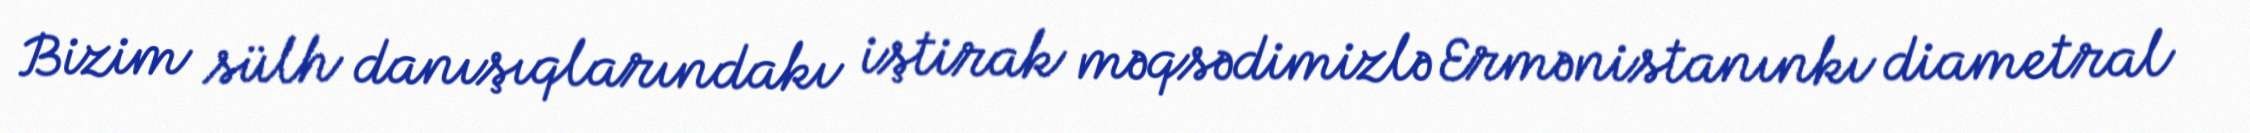
Bizim sülh danışıqlarındakı iştirak məqsədimizlə Ermənistanınkı diametral